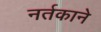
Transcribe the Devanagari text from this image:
नर्तकाने